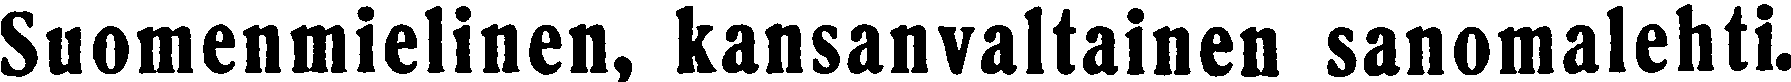
Suomenmielinen, kansanvaltainen sanomalehti.